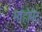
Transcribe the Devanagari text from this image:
माहोमेद